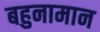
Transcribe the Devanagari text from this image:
बहुनामान